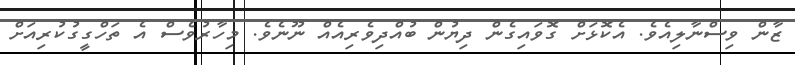
ޒާން ވިސްނާލިއެވެ. އެކޮޅަށް ގޮވައިގެން ދިޔުން ބުއްދިވެރިއެއް ނޫނެވެ. މިހާރުވެސް އެ ތަހްގީގުކުރިއަށް